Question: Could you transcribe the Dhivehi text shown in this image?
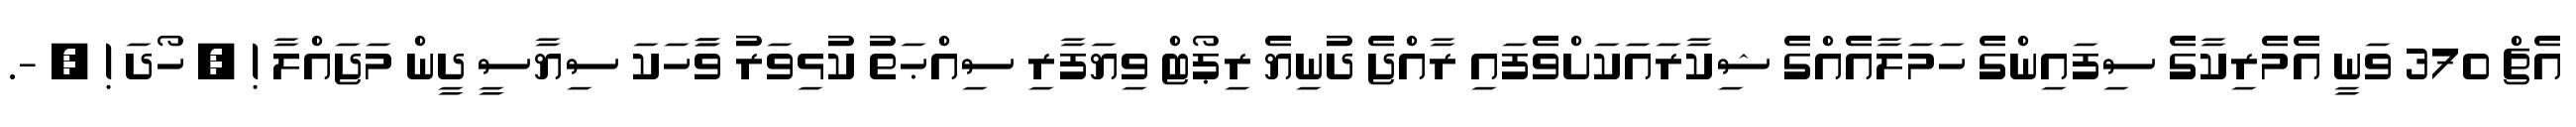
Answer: އެޗް 370 ވަނީ އެމެރިކާގެ ސިފައިންގެ ހަމަލާއެއްގެ ޝިކާރައަކަށްވެފައި ރާއްޖެ ދުނިޔެ ރިޕޯޓް ވިޔަފާރި ސިއްޙަތު ކުޅިވަރު ވާާހަކަ ސިޔާސީ ދީން މަޖައްލާ ! ? ހޯދަ ! ? -.